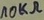
Text: 10KΩ